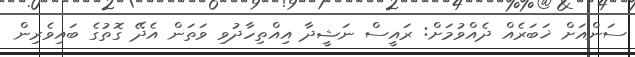
ސަންއަށް ޚަބަރެއް ދެއްވުމަށް: ރައީސް ނަޝީދާ އިއްތިހާދުވި ވަތަން އެދޭ ގޮތުގެ ބައިވެރިން